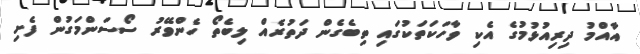
އާއްމު ދިރިއުޅުމުގެ އެކި ވާހަކަތަކުގައި ތިބެގެން ދަތުރެއް ލިބެތޯ ހެންވޭރު ސޯސަންމަގުން ފެށި